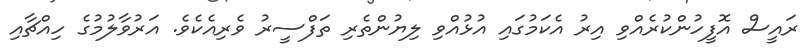
ރައީސް އޮފީހުންކުރެއްވި އިރު އެކަމުގައި އުޅުއްވި ލިޔުންތެރި ތަފްސީރު ވެރިއެކެވެ. އަރުވާލުމުގެ ހިއްޗާއި